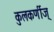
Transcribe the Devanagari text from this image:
कुलकर्णीज्